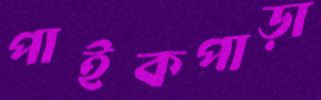
পাইকপাড়া